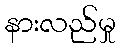
နားလည်မှု